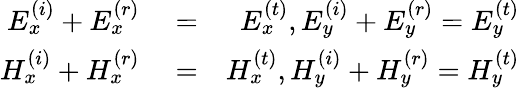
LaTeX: \begin{array}{rlr}{E_{x}^{\left(i\right)}+E_{x}^{\left(r\right)}}&{{}=}&{E_{x}^{\left(t\right)},E_{y}^{\left(i\right)}+E_{y}^{\left(r\right)}=E_{y}^{\left(t\right)}}\\ {H_{x}^{\left(i\right)}+H_{x}^{\left(r\right)}}&{{}=}&{H_{x}^{\left(t\right)},H_{y}^{\left(i\right)}+H_{y}^{\left(r\right)}=H_{y}^{\left(t\right)}}\end{array}